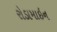
રોડામાઇન